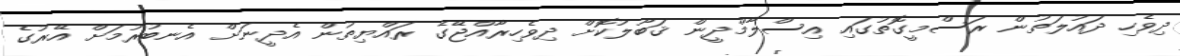
ދިވެހި ދައުލަތުން ރަސްމީގޮތުގައި އިސްލާމްދީން ޤަބޫލުކޮށް ދިވެހިރާއްޖޭގެ ރައްޔިތުން އެދީނަށް އެނބުރުމަށް އޭރުގެ